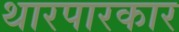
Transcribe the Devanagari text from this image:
थारपारकार